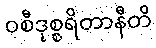
ဝစီဒုစ္စရိတာနီတိ